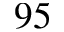
9 5